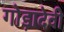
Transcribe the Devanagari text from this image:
गोड़ादेवी